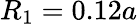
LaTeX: R_{1}=0.12a